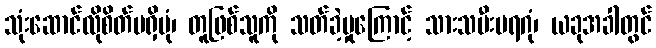
သုံးဆောင်လိုစိတ်မရှိပုံ၊ တူဖြစ်သူကို သတ်ခဲ့မှုကြောင့် သားသမီးမရဂုံ၊ ယခုအခါတွင်